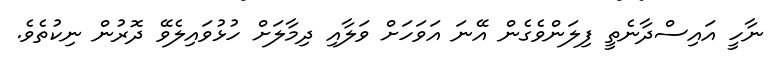
ނާހީ އައިސްދާނެތީ ފިލަންވެގެން އޭނަ އަވަހަށް ވަލާއި ދިމާލަށް ހުޅުވައިލެވޭ ދޮރުން ނިކުތެވެ.